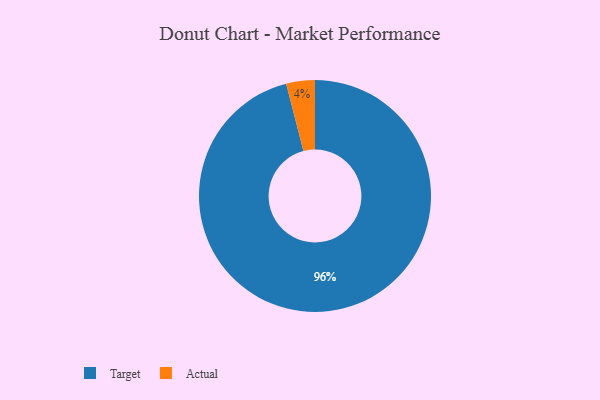
{"axis": {"x": "Category", "y": "Percentage"}, "legend": ["Actual", "Target"], "data": [{"x": "Target", "y": 96, "type": "Target"}, {"x": "Actual", "y": 4, "type": "Actual"}]}